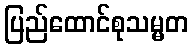
ပြည်ထောင်စုသမ္မတ